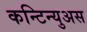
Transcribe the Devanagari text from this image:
कन्टिन्युअस